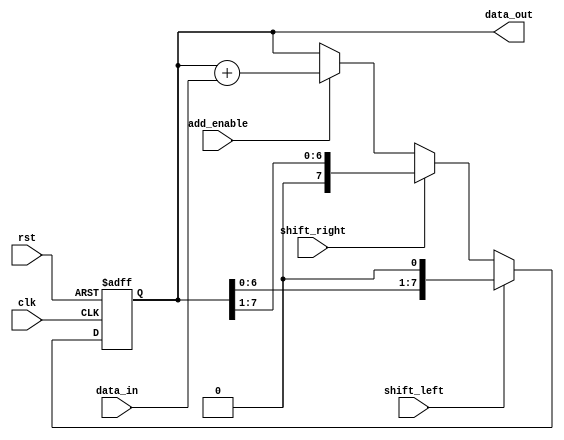
module shift_add_register(
    input wire clk,
    input wire rst,
    input wire shift_left,
    input wire shift_right,
    input wire add_enable,
    input wire [7:0] data_in,
    output reg [7:0] data_out
);

reg [7:0] reg_data;

always @(posedge clk or posedge rst) begin
    if (rst) begin
        reg_data <= 8'b0;
    end else begin
        if (shift_left) begin
            reg_data <= {reg_data[6:0], 1'b0};
        end else if (shift_right) begin
            reg_data <= {1'b0, reg_data[7:1]};
        end else if (add_enable) begin
            reg_data <= reg_data + data_in;
        end else begin
            reg_data <= reg_data;
        end
    end
end

assign data_out = reg_data;

endmodule